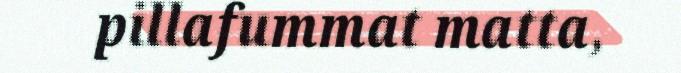
pillafummat matta,